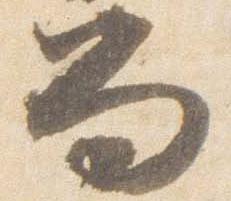
笏